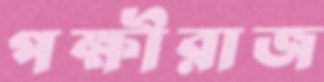
পক্ষীরাজ